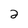
Character: 2